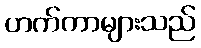
ဟက်ကာများသည်